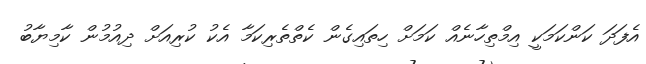
އެފަދަ ކަންކަމަކީ އިމްތިހާނެއް ކަމަށް ހިތައިގެން ކެތްތެރިކަމާ އެކު ކުރިއަށް ދިއުމުން ކާމިޔާބު